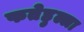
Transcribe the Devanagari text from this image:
फतेहुल्ला